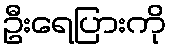
ဦးရေပြားကို